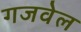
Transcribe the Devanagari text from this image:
गजवेल